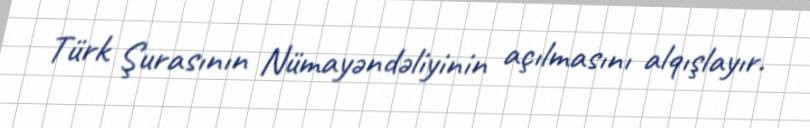
Türk Şurasının Nümayəndəliyinin açılmasını alqışlayır.